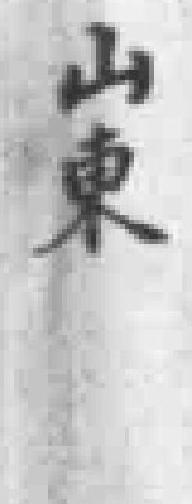
山東